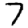
Digit: 7